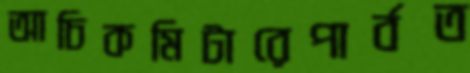
আচিকমিটারেপার্বত